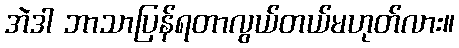
အဲဒါ ဘာသာပြန်ရတာလွယ်တယ်မဟုတ်လား။